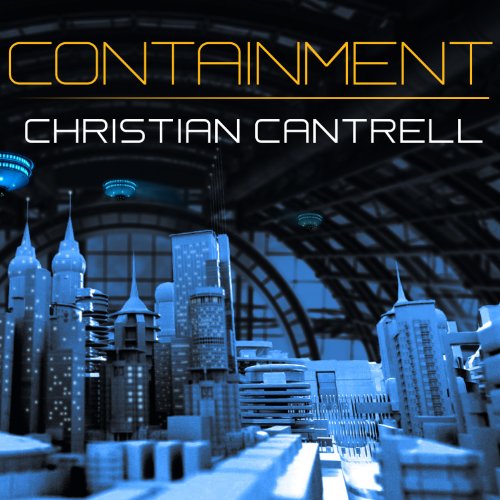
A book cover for Containment; Christian Cantrell; Mystery, Thriller & Suspense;